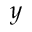
y